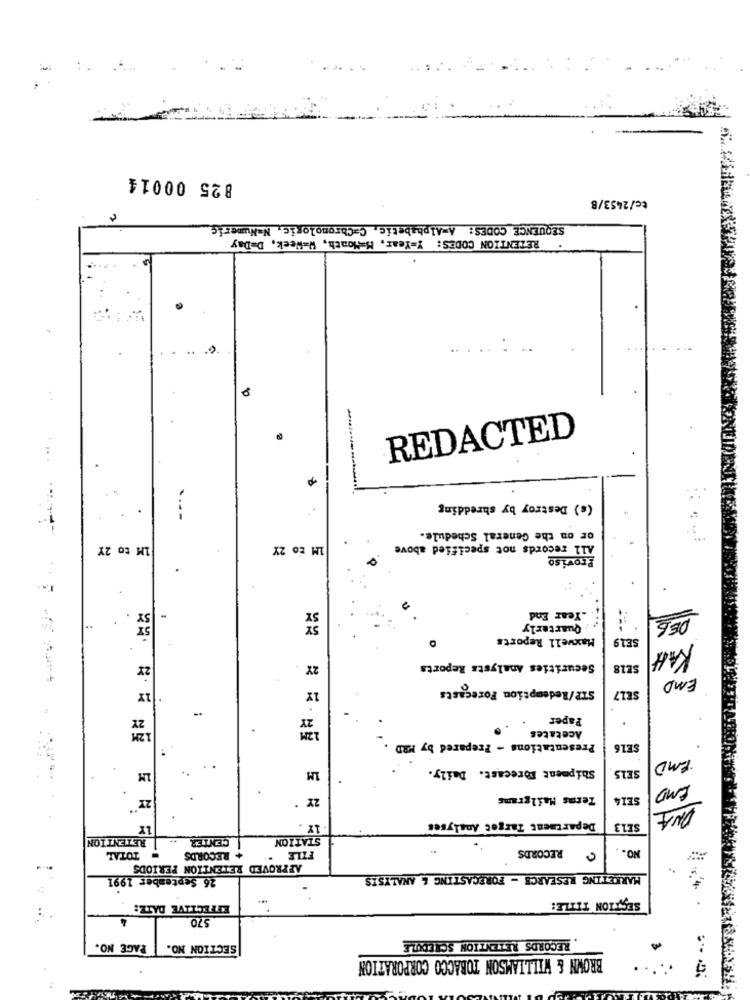
825 00014
tc/2453/8
SEQUENCE CODES: A=Alphabetic, C=Chromologic, N=Numeric
RETENTION CODES: Y=Year, M=Month, W=Week, D=Day
REDACTED
(s) Destroy by shredding
or on the General Schedule.
IM to 2Y
IM EO 2Y
All records not specified above
Proviso
.Year End
Quarterly
Maxwell Reports
SE19
KAH
27
2X
Securities Analysts Reports
SE18
EMD
- +
17
STP/Redemption Forecasts
SEL7
2Y
Paper
12M
Acetates
Presentations - Prepared by MRD
SE16
Shipment Forecast. Daily.
SEL5
EMD
1M
2Y .
Terms Mailgrams
SE14
DNA
1x
17.
Department Target Analyses
SE13
RETENTION
CENTER ..
STATION
FILE
RECORDS
NO.
= TOTAL
+ RECORDS
APPROVED RETENTION PERIODS
26 September 1991
MARKETING RESEARCH - FORECASTING & ANALYSIS
SECTION TITLE:
EFFECTIVE DATE:
570
PAGE NO.
SECTION NO.
RECORDS RETENTION SCHEDULE
BROWN & WILLIAMSON TOBACCO CORPORATION
..